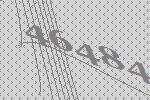
46484